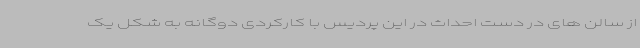
از سالن های در دست احداث در این پردیس با کارکردی دوگانه به شکل یک